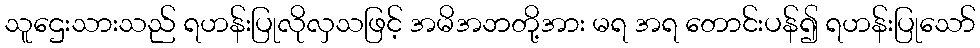
သူဌေးသားသည် ရဟန်းပြုလိုလှသဖြင့် အမိအဘတို့အား မရ အရ တောင်းပန်၍ ရဟန်းပြုသော်